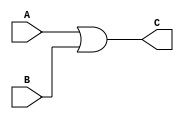
module OR#(parameter SIZE=32)(

    input wire [SIZE-1:0] A,
    input wire [SIZE-1:0] B,
    output wire [SIZE-1:0] C

    );
    
    assign C = A | B ;
    
endmodule